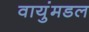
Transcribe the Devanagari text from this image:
वायुंमडल